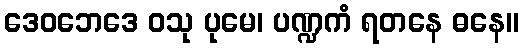
ဒေဝဘေဒေ ဝသု ပုမေ၊ ပဏ္ဍကံ ရတနေ ဓနေ။